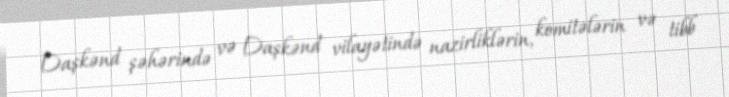
Daşkənd şəhərində və Daşkənd vilayətində nazirliklərin, komitələrin və tibb